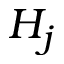
H _ { j }